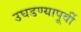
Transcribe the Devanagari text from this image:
उघडण्यापूर्वी